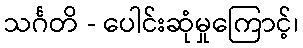
သင်္ဂတိ - ပေါင်းဆုံမှုကြောင့်၊